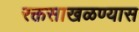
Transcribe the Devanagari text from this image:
रक्तसाखळण्यास